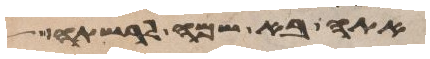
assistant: אתה בא שמה לרשתה